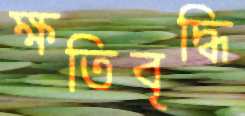
ক্ষতিবৃদ্ধি